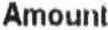
AMOUNT